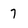
Character: 7